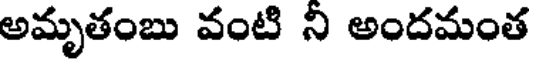
అమృతంబు వంటి ని అందమంత